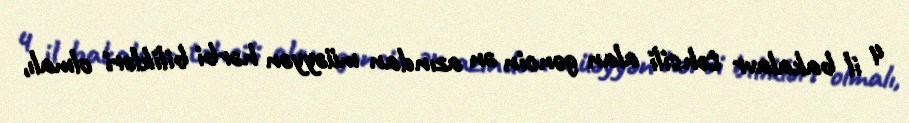
4 il bakalavr təhsili alan gəncin ən azından müəyyən hərbi bilikləri olmalı,